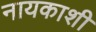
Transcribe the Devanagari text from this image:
नायकाशी